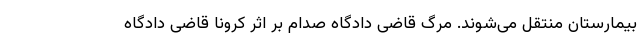
بیمارستان منتقل می‌شوند. مرگ قاضی دادگاه صدام بر اثر کرونا قاضی دادگاه